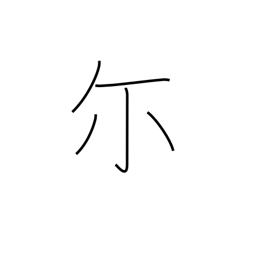
Meaning: you